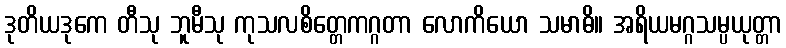
ဒုတိယဒုကေ တီသု ဘူမီသု ကုသလစိတ္တေကဂ္ဂတာ လောကိယော သမာဓိ။ အရိယမဂ္ဂသမ္ပယုတ္တာ